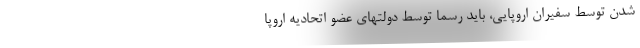
شدن توسط سفیران اروپایی، باید رسما توسط دولتهای عضو اتحادیه اروپا